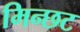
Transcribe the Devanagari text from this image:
मिन्छट